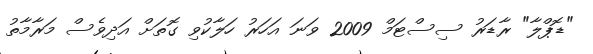
"ޑޮޕްލާ" ރާޑަރު ސިސްޓަމް 2009 ވަނަ އަހަރު ހަލާކުވި ގޮތަށް އަދިވެސް މަރާމާތު